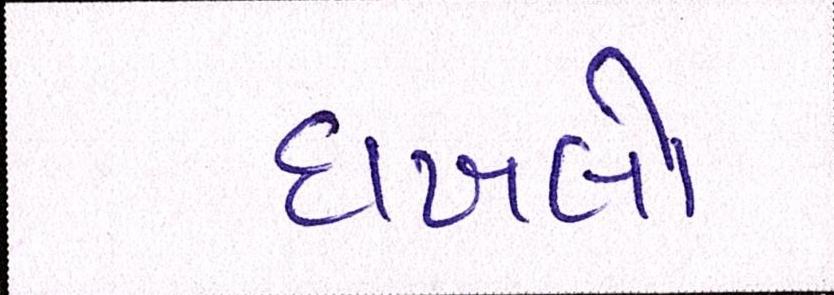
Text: દાખલો